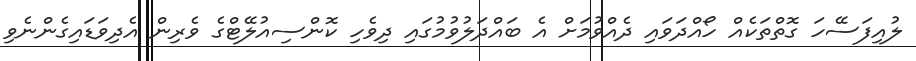
ލުއިފަސޭހަ ގޮތްތަކެއް ހޯއްދަވައި ދެއްވުމަށް އެ ބައްދަލުވުމުގައި ދިވެހި ކޮންސިއުލޭޓްގެ ވެރިން އެދިވަޑައިގެންނެވި